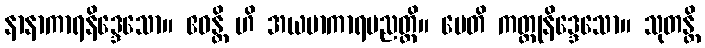
နာနာကာရနိဒ္ဒေသော။ ဧဝန္တိ ဟိ အယမာကာရပညတ္တိ။ မေတိ ကတ္တုနိဒ္ဒေသော။ သုတန္တိ